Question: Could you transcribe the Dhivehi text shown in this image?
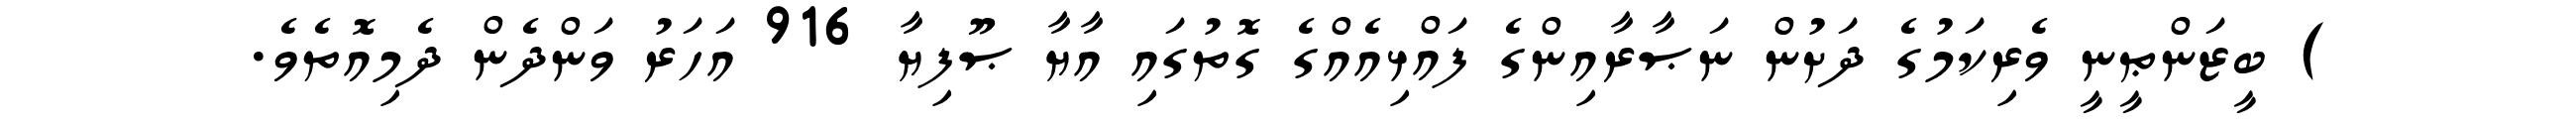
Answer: ) ބީޒަންޠީނީ ވެރިކަމުގެ ދަށުން ނަޞާރާއިންގެ ފައްޅިއެއްގެ ގޮތުގައި އާޔާ ޞޫފިޔާ 916 އަހަރު ވަންދެން ދެމިއޮތެވެ.